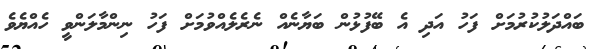
ބައްދަލުކުރުމަށް ފަހު އަދި އެ ބޭފުޅުން ބަޔާނެއް ނެރެލެއްވުމަށް ފަހު ނިންމާލަންވީ ހެއްޔެވެ